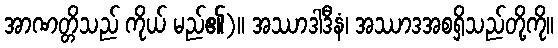
အာဏတ္တိသည် ကိုယ် မည်၏)။ အဿာဒါဒီနံ၊ အဿာဒအစရှိသည်တို့ကို။